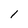
Character: 1